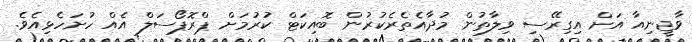
ވާޖީނިއާ އަށް އިގިރޭސި ވިލާތުން މުދާއެތެރެކުރުން ބޮއިކަޓް ކުރުމަށް ޕްރޮޕޯސަލް އެއް ހުށަހެޅިއެވެ.